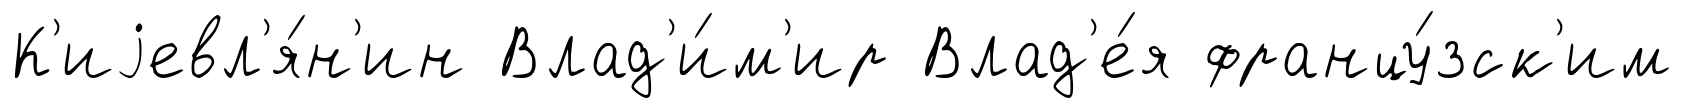
К'иjевл'я́н'ин Влад'и́м'ир Влад'е́я францу́зск'им